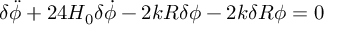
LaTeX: { \delta } \ddot { \phi } + 2 4 H _ { 0 } { \delta } \dot { \phi } - 2 k R { \delta } { \phi } - 2 k { \delta } R { \phi } = 0